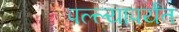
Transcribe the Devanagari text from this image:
पल्ल्यापर्यंत